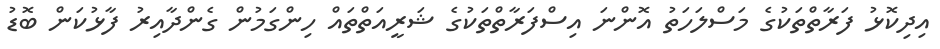
އިދިކޮޅު ފަރާތްތަކުގެ މަސްލަހަތު އޮންނަ އިސްފަރާތްތަކުގެ ޝަރީއަތްތައް ހިންގަމުން ގެންދާއިރު ފާޅުކަން ބޮޑު